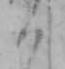
く